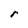
Character: r